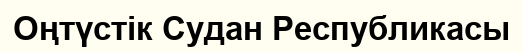
Оңтүстік Судан Республикасы